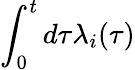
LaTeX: \int_{0}^{t}d\tau\lambda_{i}(\tau)